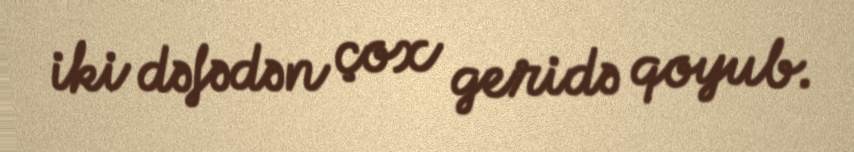
iki dəfədən çox geridə qoyub.